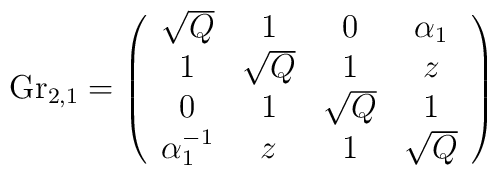
\hbox{Gr}_{2,1}=\left(\begin{array}{ccccc}\sqrt{Q}&1&0&\alpha_1\\1&\sqrt{Q}&1&z\\0&1&\sqrt{Q}&1\\\alpha_1^{-1} &z&1&\sqrt{Q}\end{array}   \right)